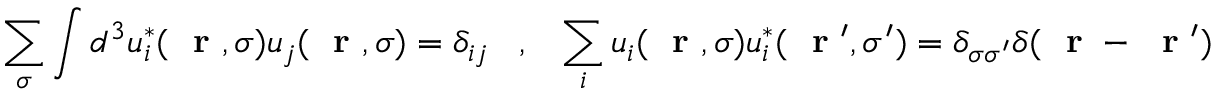
\sum _ { \sigma } \int d ^ { 3 } u _ { i } ^ { * } ( \mathrm { ~ \bf ~ r ~ } , \sigma ) u _ { j } ( \mathrm { ~ \bf ~ r ~ } , \sigma ) = \delta _ { i j } \; \; \; , \; \; \; \sum _ { i } u _ { i } ( \mathrm { ~ \bf ~ r ~ } , \sigma ) u _ { i } ^ { * } ( \mathrm { ~ \bf ~ r ~ } ^ { \prime } , \sigma ^ { \prime } ) = \delta _ { \sigma \sigma ^ { \prime } } \delta ( \mathrm { ~ \bf ~ r ~ } - \mathrm { ~ \bf ~ r ~ } ^ { \prime } )